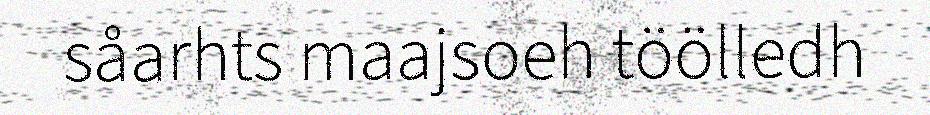
såarhts maajsoeh töölledh